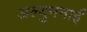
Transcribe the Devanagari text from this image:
अल्युमनाई